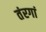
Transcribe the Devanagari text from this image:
तंरगां